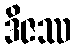
ဒိဇဿ